Report on the lunatic asylums under the Government of Bombay - 1904-1913
Year: 1904
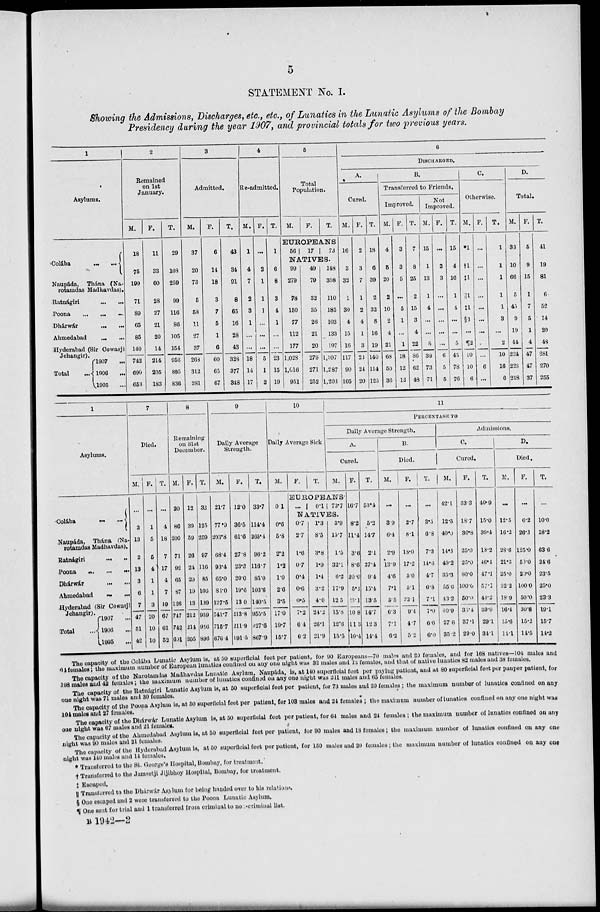
5
STATEMENT No. I.
Showing the Admissions, Discharges, etc., etc., of Lunatics in the Lunatic Asylums of the Bombay
Presidency during the year 1907, and provincial totals for two previous years.
1
Asylums.
Colába
...
...
Naupáda,
Thána (Na¬
rotamdas Madhavdas).
Ratnágiri ... ...
Poona
...
...
Dhárwár
...
...
Ahmedabad ... ...
Hyderabad (Sir Cowasji
Jehangir).
Total ...
1907
...
1906 ...
1905 ...
2
Remained
on 1st
January.
M.
18
75
199
71
89
65
85
140
742
690
653
F.
11
33
60
28
27
21
20
14
214
205
183
T.
29
108
259
99
116
86
105
154
956
885
836
3
Admitted.
M.
37
20
73
5
58
11
27
37
268
312
281
F.
6
14
18
3
7
5
1
6
60
65
67
T.
43
34
91
8
65
16
28
43
328
377
348
4
Re-admitted.
M.
1
4
7
2
3
1
...
...
18
14
17
F.
...
2
1
1
1
...
...
...
5
1
2
T.
1
6
8
3
4
1
...
...
23
15
19
5
Total
Population.
M.
F.
T.
EUROPEANS
56
17
73
NATIVES.
99
279
78
150
77
112
177
1,028
1,016
951
49
79
32
35
26
21
20
279
271
252
148
358
110
185
103
133
197
1,307
1,287
1,203
6
DISCHARGED.
A.
Cured.
M.
16
3
32
1
30
4
15
16
117
90
105
F.
2
3
7
1
2
4
1
3
23
24
20
T.
18
6
39
2
32
8
16
19
140
114
125
B.
C.
Transferred to Friends.
Improved.
M.
4
5
20
2
10
2
4
21
63
50
36
F.
3
3
5
...
5
1
...
1
18
12
12
T.
7
8
25
2
15
3
4
22
86
62
48
Not
Improved.
M.
15
1
13
1
4
...
...
5
39
73
71
F.
...
3
3
...
...
...
...
...
6
5
5
T.
15
4
16
1
4
...
...
5
45
78
76
Otherwise.
M.
*1
†1
‡1
||1
‡1
§3
...
¶2
10
10
6
F.
...
...
...
...
...
...
...
...
...
6
...
T.
1
1
1
1
1
3
...
2
10
16
6
D.
Total.
M.
33
10
66
5
45
9
19
44
234
223
218
F.
5
9
15
1
7
5
1
4
47
47
37
T.
41
19
81
6
52
14
20
48
281
270
255
1
Asylums.
Colába... ...
Naupáda,
Thána (Na¬
rotamdas Madhavdas).
Ratnágiri
...
...
Poona ... ...
...
Dhárwár
...
...
Ahmedabad
...
...
Hyderabad (Sir Cowasji
Jehangir).
Total
...
1907 ...
1906 ...
1905 ...
7
Died.
M.
...
3
13
2
13
3
6
7
47
51
42
F.
...
1
5
5
4
1
1
3
20
10
10
T.
...
4
18
7
17
4
7
10
67
61
52
8
Remaining
on 31st
December.
M.
20
86
200
71
92
65
87
126
747
742
691
F.
12
39
59
26
24
20
19
13
312
214
205
T.
32
125
259
97
116
85
106
139
959
956
896
9
Daily Average
Strength.
M.
21.7
77.9
203.8
68.4
93.4
65.0
81.0
127.5
741.7
715.7
676.4
F.
12.0
36.5
61.6
27.8
23.3
20.0
19.6
13.0
213.8
211.9
191.5
T.
33.7
114.4
205.4
96.2
116.7
85.0
103.6
140.5
955.5
927.6
867.9
10
Daily Average Sick
M.
0.1
0.6
5.8
2.2
1.2
1.0
20
3.5
170
19.7
15.7
F.
T.
11
PERCENTAGE TO
Daily Average Strength.
A.
Cured.
M.
EUROPEANS.
...
0.7
2.7
1.6
0.7
0.4
0.6
0.5
7.2
6.4
6.2
0.1
1.3
8.5
3.8
1.9
1.4
3.2
4.0
24.2
26.1
21.9
73.7
3.9
15.7
1.5
32.1
6.2
17.9
12.5
15.8
12.6
15.5
F.
16.7
8.2
11.4
3.6
8.6
20.0
5.1
23.1
10.8
11.3
10.4
T.
53.4
5.2
14.7
2.1
27.4
9.4
15.4
13.5
14.7
12.3
14.4
B.
Died.
M.
...
3.9
6.4
2.9
13.9
4.6
7.1
5.5
6.3
7.1
6.2
F.
...
2.7
8.1
18.0
17.2
5.0
6.1
23.1
9.4
4.7
5.2
T.
...
3.5
6.8
7.3
14.6
4.7
6.8
7.1
7.0
6.0
6.0
Admissions.
C.
Cured.
M.
42.1
12.5
40.0
14.3
49.2
33.3
55.6
43.2
40.9
27.6
35.2
F.
33.3
18.7
36.8
25.0
25.0
80.0
100.0
50.0
30.4
37.1
29.0
T.
40.9
15.0
39.4
18.2
46.1
47.1
57.1
44.2
39.9
29.1
34.1
D.
Died.
M.
...
12.5
16.2
28.6
21.3
25.0
22.2
18.9
16.4
15.6
14.1
F.
...
6.2
26.3
125.0
50.0
20.0
100.0
50.0
30.8
15.2
14.5
T.
...
10.0
18.2
63.6
24.6
23.5
25.0
23.3
19.1
15.7
14.2
The capacity of the Colába Lunatic Asylum is, at 50 superficial feet per patient, for 90 Europeans—70 males and 20 females, and for 168 natives—104 males and
64 females; the maximum number of European lunatics confined on any one night was 32 males and 13 females, and that of native lunatics 82 males and 38 females.
The capacity of the Narotamdas Madhavdas Lunatic Asylum, Naupáda, is, at 140 superficial feet per paying patient, and at 80 superficial feet per pauper patient, for
198 males and 42 females; the maximum number of lunatics confined on any one night was 211 males and 65 females.
The capacity of the Ratnágiri Lunatic Asylum is, at 50 superficial feet per patient, for 73 males and 39 females ; the maximum number of lunatics confined on any
one night was 71 males and 30 females.
The capacity of the Poona Asylum is, at 50 superficial feet per patient, for 103 males and 24 females; the maximum number of lunatics confined on any one night was
104 males and 27 females.
The capacity of the Dhárwár Lunatic Asylum is, at 50 superficial feet per patient, for 64 males and 24 females ; the maximum number of lunatics confined on any
one night was 67 males and 21 females.
The capacity of the Ahmedabad Asylum is, at 50 superficial feet per patient, for 90 males and 18 females; the maximum number of lunatics confined on any one
night was 90 males and 21 females.
The capacity of the Hyderabad Asylum is, at 50 superficial feet per patient, for 150 males and 20 females; the maximum number of lunatics confined on any one
night was 140 males and 14 females.
* Transferred to the St. George's Hospital, Bombay, for treatment.
†Transferred to the Jamsetji Jijibhoy Hospital, Bombay, for treatment.
‡ Escaped.
|| Transferred to the Dharwár Asylum for being handed over to his relations.
§ One escaped and 2 were transferred to the Poona Lunatic Asylum.
¶ One sent for trial and 1 transferred from criminal to non-criminal list.
B 1942—2